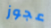
عجوز